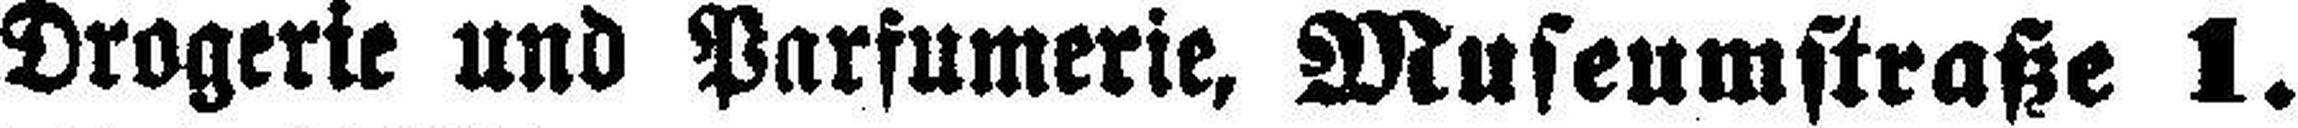
Drogerie und Parfumerie, Museumstraße 1.